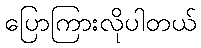
ပြောကြားလိုပါတယ်